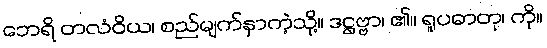
ဘေရိ တလံဝိယ၊ စည်မျက်နှာကဲ့သို့။ ဒဋ္ဌဗ္ဗာ၊ ၏။ ရူပဓာတု၊ ကို။